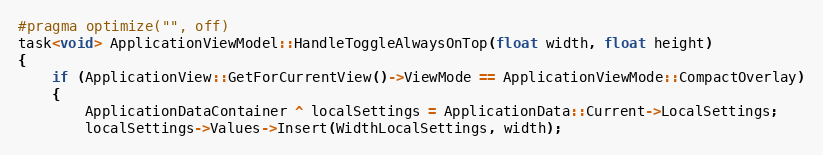
Language: C++
#pragma optimize("", off)
task<void> ApplicationViewModel::HandleToggleAlwaysOnTop(float width, float height)
{
    if (ApplicationView::GetForCurrentView()->ViewMode == ApplicationViewMode::CompactOverlay)
    {
        ApplicationDataContainer ^ localSettings = ApplicationData::Current->LocalSettings;
        localSettings->Values->Insert(WidthLocalSettings, width);